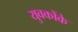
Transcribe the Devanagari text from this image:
युवकोंके